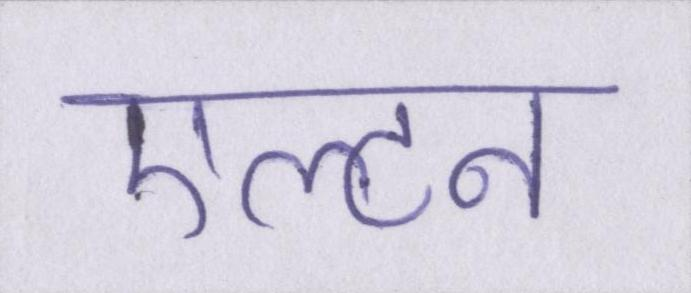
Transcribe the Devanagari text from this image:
एल्टन